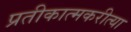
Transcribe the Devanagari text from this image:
प्रतीकात्मकरीत्या